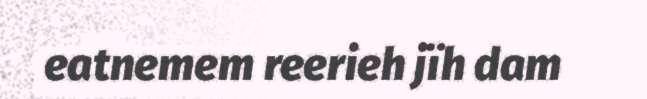
eatnemem reerieh jïh dam